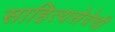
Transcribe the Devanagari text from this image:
साहित्यसेवेची